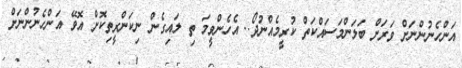
އަންހެނުންނަށް ވަރަށް ބަލަންމަސައްކަތް ކުރީމެއްނުދޯ.. އެހެންވީމަ ތި ލައިގެން ނިކަންރީތިކޮށް އޮވޭ އަންހެނުންނަށް